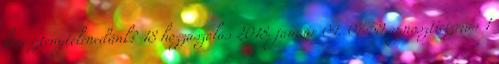
kereszténytelenedünk? 18 hozzászólás 2018. január 04. 07:59 agnoszticizmus 1